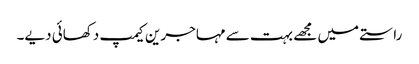
راستے میں مجھے بہت سے مہاجرین کیمپ دکھائی دیے۔